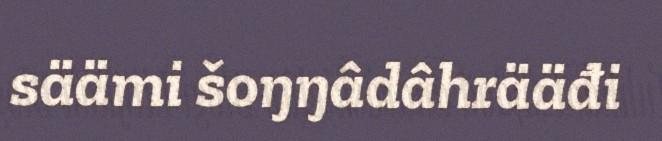
säämi šoŋŋâdâhrääđi